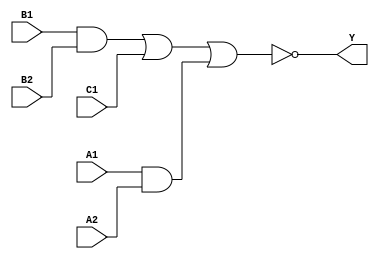
module sky130_fd_sc_hd__a221oi (
    Y ,
    A1,
    A2,
    B1,
    B2,
    C1
);

    // Module ports
    output Y ;
    input  A1;
    input  A2;
    input  B1;
    input  B2;
    input  C1;

    // Local signals
    wire and0_out  ;
    wire and1_out  ;
    wire nor0_out_Y;

    //  Name  Output      Other arguments
    and and0 (and0_out  , B1, B2                );
    and and1 (and1_out  , A1, A2                );
    nor nor0 (nor0_out_Y, and0_out, C1, and1_out);
    buf buf0 (Y         , nor0_out_Y            );

endmodule